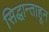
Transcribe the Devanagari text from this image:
सिद्धान्ताहून